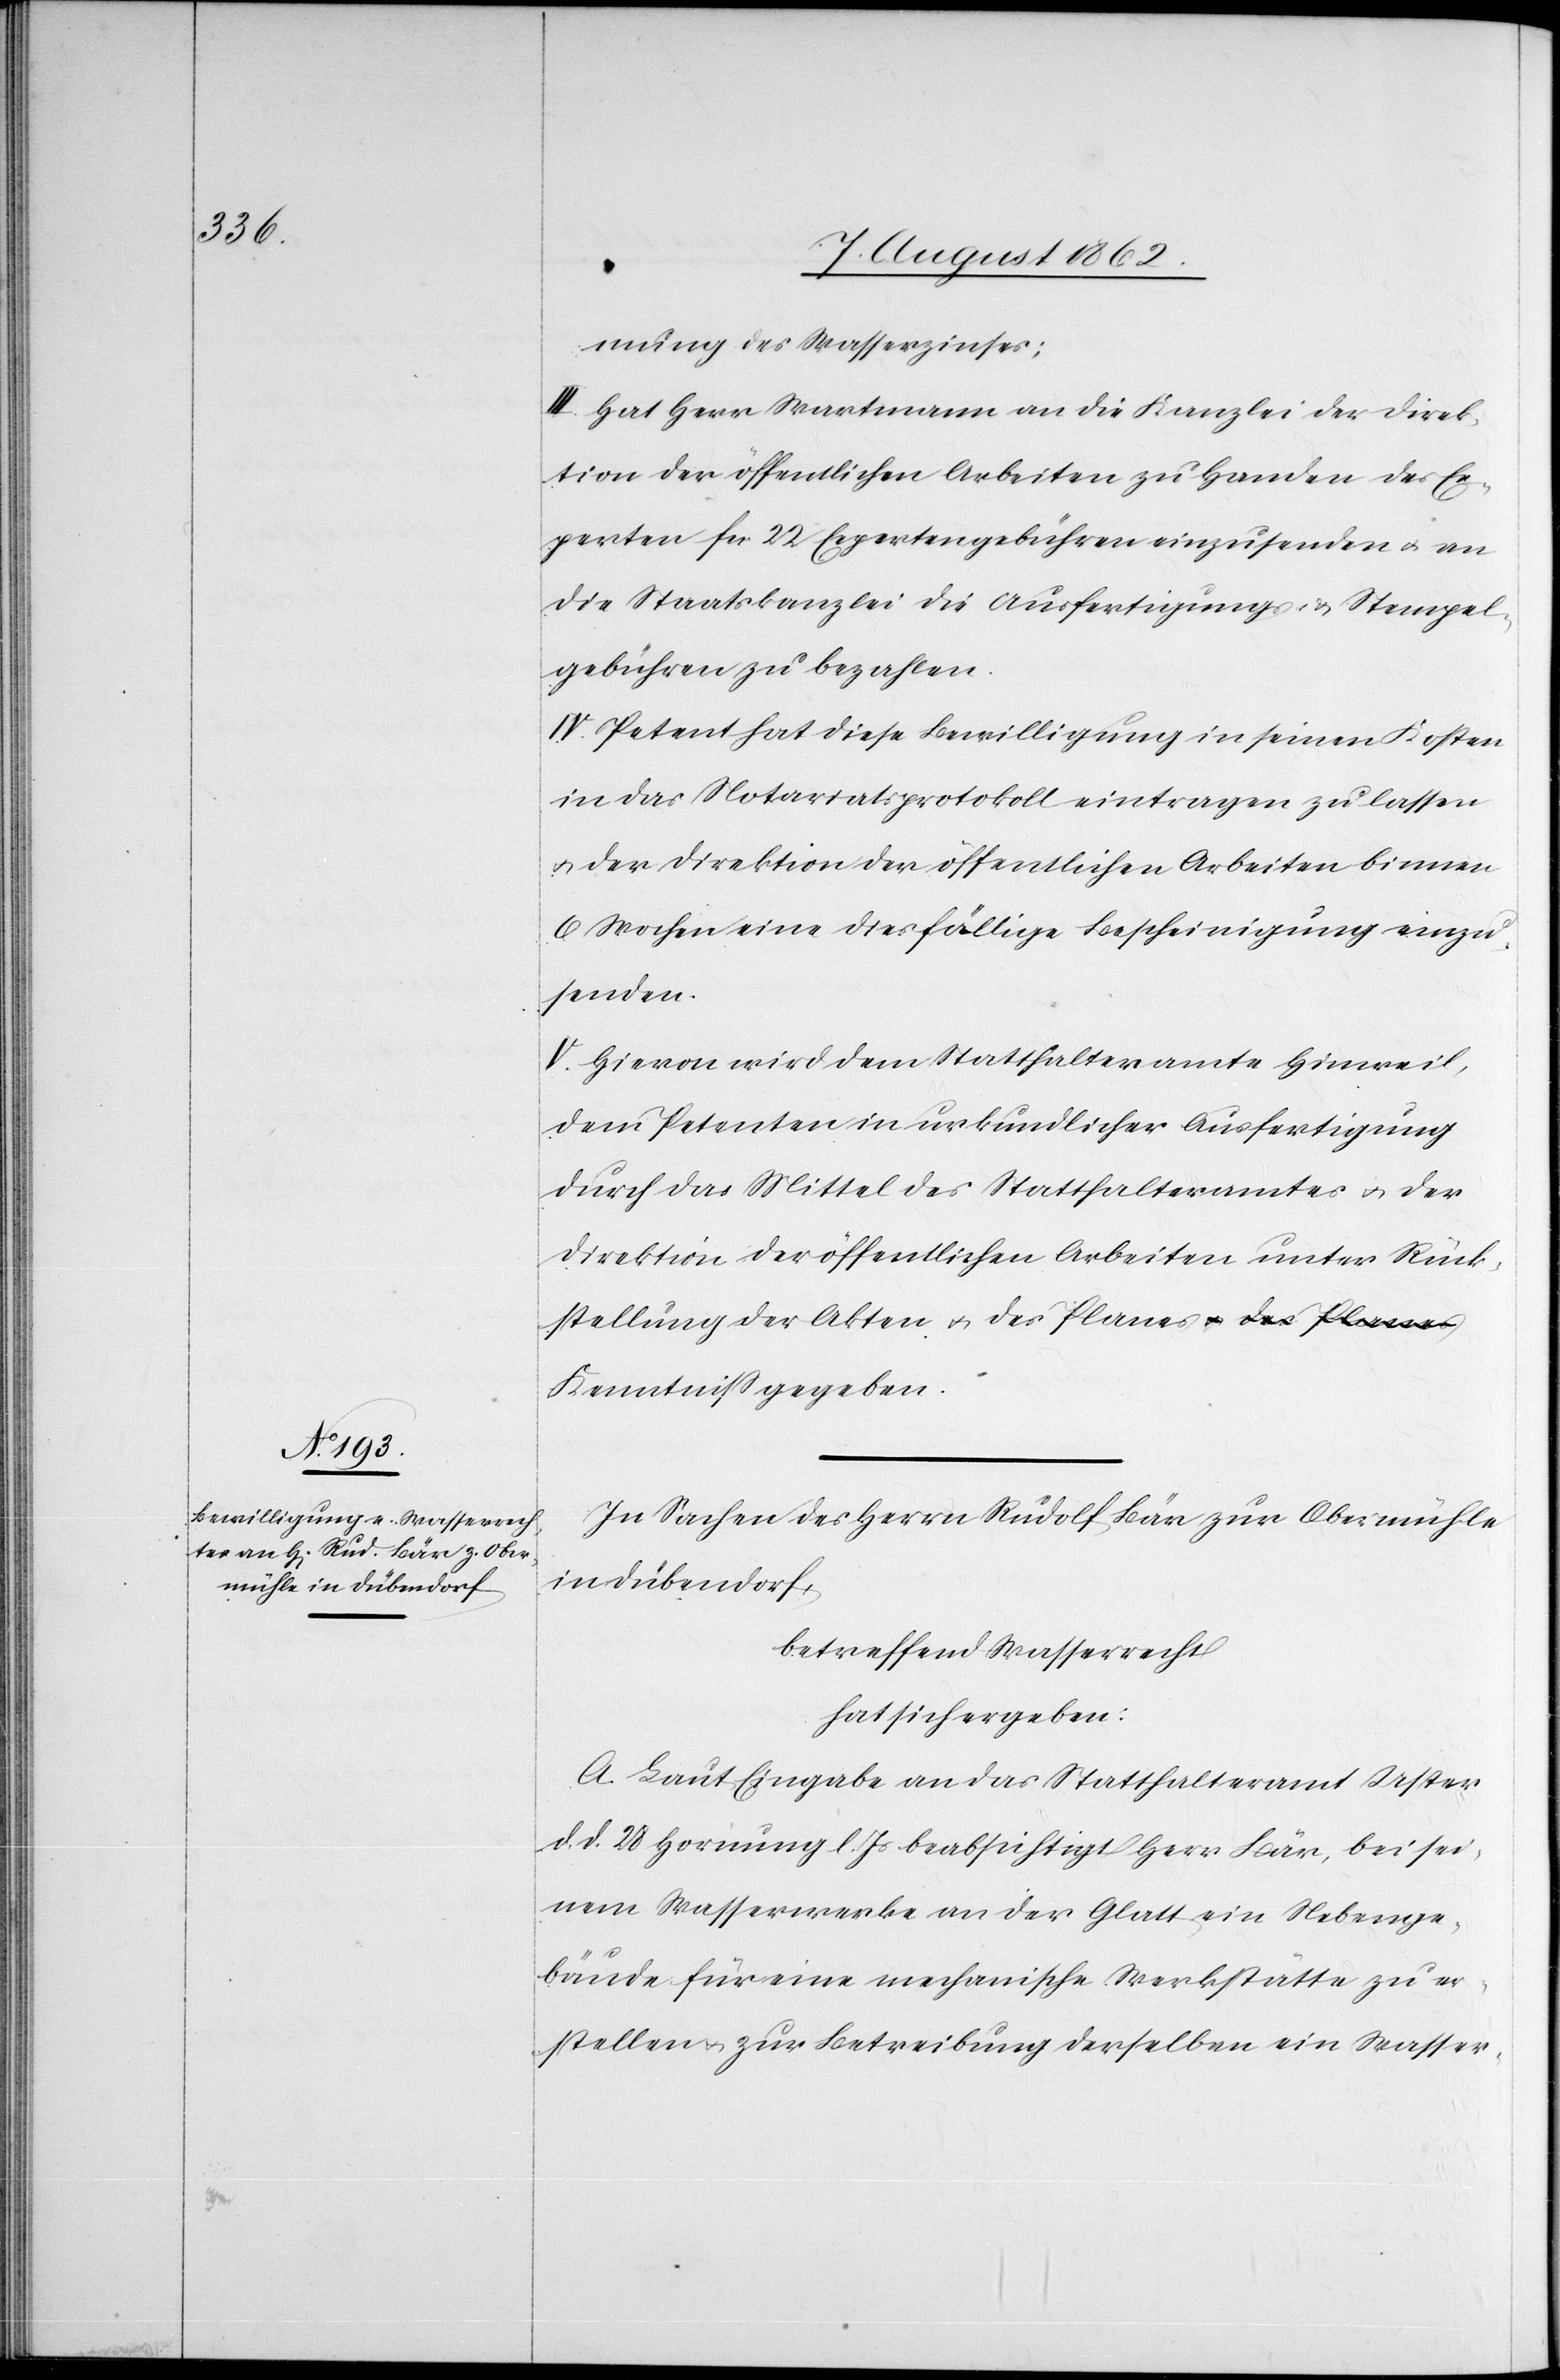
mung des Wasserzinses.
III. Hat Herr Wartmann an die Kanzlei der Direk¬
tion der öffentlichen Arbeiten zu Handen des Ex¬
perten fcs. 22 Expertengebühren einzusenden u. an
die Staatskanzlei die Ausfertigungs- u. Stempel¬
gebühren zu bezahlen.
IV. Petent hat diese Bewilligung in seinen Kosten
in das Notariatsprotokoll eintragen zu lassen
u. der Direktion der öffentlichen Arbeiten binnen
6 Wochen eine diesfällige Bescheinigung einzu¬
senden.
V. Hievon wird dem Statthalteramte Hinweil,
dem Petenten in urkundlicher Ausfertigung
durch das Mittel des Statthalteramtes u. der
Direktion der öffentlichen Arbeiten unter Rück¬
stellung der Akten u. des Planes Kenntniß gegeben.
In Sachen des Herrn Rudolf Bär zur Obermühle
in Dübendorf,
betreffend Wasserrecht
hat sich ergeben:
A. Laut Eingabe an das Statthalteramt Uster
d. d. 28. Hornung l. Js. beabsichtigt Herr Bär, bei sei¬
nem Wasserwerke an der Glatt ein Nebenge¬
bäude für eine mechanische Werkstätte zu er¬
stellen u. zur Betreibung derselben ein Wasser-